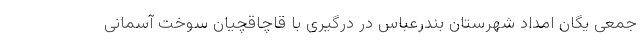
جمعی یگان امداد شهرستان بندرعباس در درگیری با قاچاقچیان سوخت آسمانی